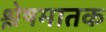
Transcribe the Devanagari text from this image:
श्लेषमातक